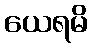
ယေရမိ